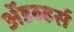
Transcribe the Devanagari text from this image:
अॅडव्हर्स